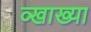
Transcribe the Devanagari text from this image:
व्खाख्या